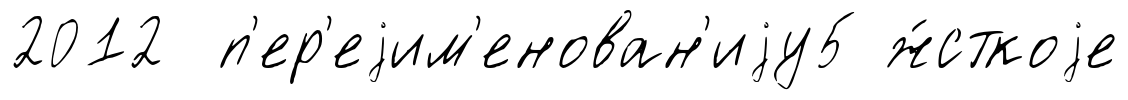
2012 п'ер'еjим'енован'иjу5 ж́сткоjе